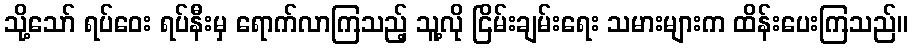
သို့သော် ရပ်ဝေး ရပ်နီးမှ ရောက်လာကြသည့် သူ့လို ငြိမ်းချမ်းရေး သမားများက ထိန်းပေးကြသည်။